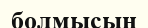
болмысын